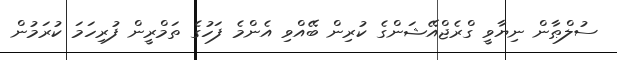
ސުލްޠާން ނިޔާވީ ގްރެޖްއޭޝަންގެ ކުރިން ބޭއްވި އެންމެ ފަހުގެ ތަމްރީން ފުރިހަމަ ކުރަމުން